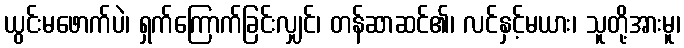
ယွင်းမဖောက်ပဲ၊ ရှက်ကြောက်ခြင်းလျှင်၊ တန်ဆာဆင်၏၊ လင်နှင့်မယား၊ သူတို့အားမူ၊